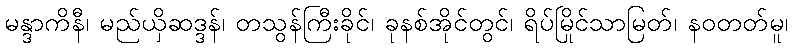
မန္ဒာကိနီ၊ မည်ယှိဆဒ္ဒန်၊ တသွန်ကြီးခိုင်၊ ခုနစ်အိုင်တွင်၊ ရိပ်မြိုင်သာမြတ်၊ နဝတတ်မူ၊